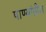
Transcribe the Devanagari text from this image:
पाण्यांतील